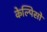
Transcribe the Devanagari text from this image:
केल्पिसो